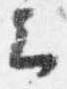
云